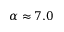
\alpha \approx 7 . 0